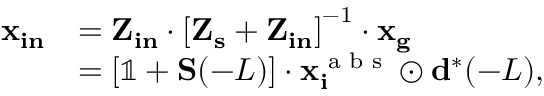
\begin{array} { r l } { \mathbf { x _ { i n } } } & { = \mathbf { Z _ { i n } } \cdot \left[ \mathbf { Z _ { s } } + \mathbf { Z _ { i n } } \right] ^ { - 1 } \cdot \mathbf { x _ { g } } } \\ & { = \left[ \mathbb { 1 } + \mathbf { S } ( - L ) \right] \cdot \mathbf { x _ { i } ^ { \textrm { a b s } } } \odot \mathbf { d } ^ { * } ( - L ) , } \end{array}